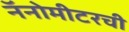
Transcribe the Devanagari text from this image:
नॅनोमीटरची